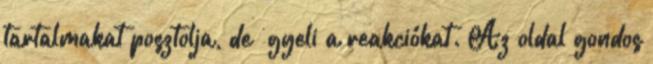
tartalmakat posztolja, de ﬁgyeli a reakciókat. Az oldal gondos